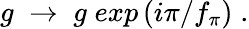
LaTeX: g\; \rightarrow\; g\; exp\left(i\pi/f_{\pi}\right)\; .